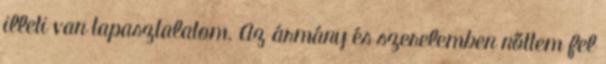
illeti van tapasztalatom. Az ármány és szerelemben nőttem fel